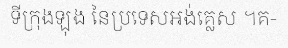
ទីក្រុងឡុង នៃប្រទេសអង់គ្លេស ។គ-